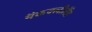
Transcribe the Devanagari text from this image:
मैकक्लीलैंड